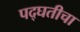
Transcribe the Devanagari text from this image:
पद्घतीचा